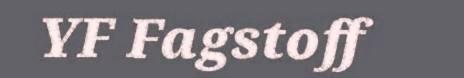
YF Fagstoff